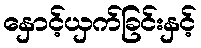
နှောင့်ယှက်ခြင်းနှင့်